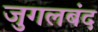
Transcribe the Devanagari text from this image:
जुगलबंद